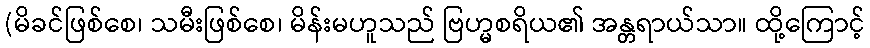
(မိခင်ဖြစ်စေ၊ သမီးဖြစ်စေ၊ မိန်းမဟူသည် ဗြဟ္မစရိယ၏ အန္တရာယ်သာ။ ထို့ကြောင့်